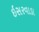
ઇસરવાડા